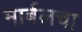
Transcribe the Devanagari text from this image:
मार्बलचा